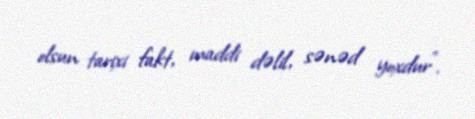
olsun tarixi fakt, maddi dəlil, sənəd yoxdur”.